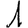
Digit: 1